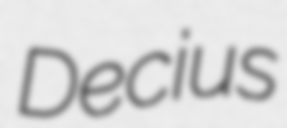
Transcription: Decius